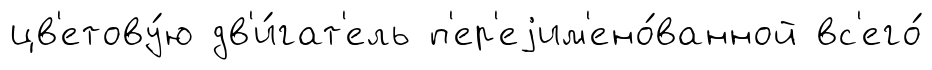
цв'етову́ю дв'и́гат'ель п'ер'еjим'ено́ванной вс'его́